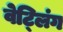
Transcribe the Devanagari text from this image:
वेट्लिंग